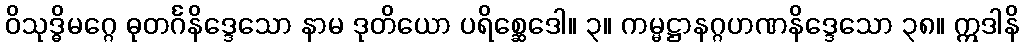
ဝိသုဒ္ဓိမဂ္ဂေ ဓုတင်္ဂနိဒ္ဒေသော နာမ ဒုတိယော ပရိစ္ဆေဒေါ။ ၃။ ကမ္မဋ္ဌာနဂ္ဂဟဏနိဒ္ဒေသော ၃၈။ ဣဒါနိ